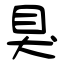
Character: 狊